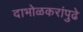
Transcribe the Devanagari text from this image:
दाभोळकरांपुढे